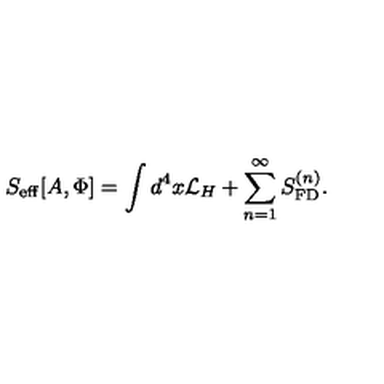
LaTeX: S _ { \mathrm { e f f } } [ A , \Phi ] = \int d ^ { 4 } x { \mathcal L } _ { H } + \sum _ { n = 1 } ^ { \infty } S _ { \mathrm { F D } } ^ { ( n ) } .